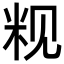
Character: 𬖑